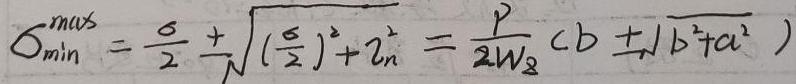
$\sigma _{min}^{max}=\frac {\sigma }{2}\pm \sqrt {(\frac {\sigma }{2})^{2}+\tau _{n}^{2}}=\frac {P}{2W_{z}}(b\pm \sqrt {b^{2}+a^{2}})$